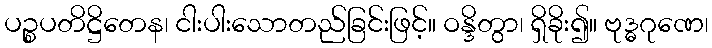
ပဉ္စပတိဋ္ဌိတေန၊ ငါးပါးသောတည်ခြင်းဖြင့်။ ဝန္ဒိတွာ၊ ရှိခိုး၍။ ဗုဒ္ဓဂုဏေ၊